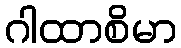
ဂါထာစိမာ